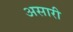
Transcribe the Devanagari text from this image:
असारी